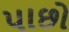
પાછો